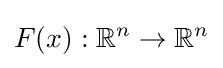
F(x):\mathbb {R} ^{n}\to \mathbb {R} ^{n}